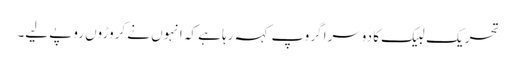
تحریکِ لبیک کا دوسرا گروپ کہہ رہا ہے کہ انہوں نے کروڑوں روپے لیے۔